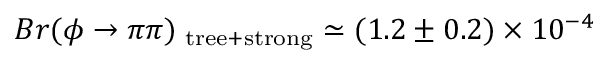
B r ( \phi \rightarrow \pi \pi ) _ { \mathrm { \scriptsize ~ t r e e + s t r o n g } } \simeq ( 1 . 2 \pm 0 . 2 ) \times 1 0 ^ { - 4 }